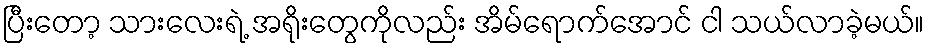
ပြီးတော့ သားလေးရဲ့ အရိုးတွေကိုလည်း အိမ်ရောက်အောင် ငါ သယ်လာခဲ့မယ်။